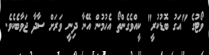
ވޯޓުގެ "އަގު ބޮޑުކުރީ" ކީއްވެގެންތޯ އެހުމުން އޭނާ ދިނީ ވަރަށް ސާދާ ޖަވާބެކެވެ.